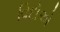
વિદોએ